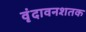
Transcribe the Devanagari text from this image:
वृंदावनशतक